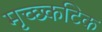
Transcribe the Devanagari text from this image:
मृच्छ्कटिक